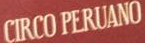
CIRCO PERUANO